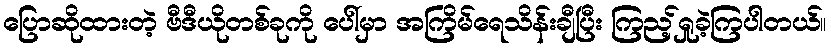
ပြောဆိုထားတဲ့ ဗီဒီယိုတစ်ခုကို ပေါ်မှာ အကြိမ်ရေသိန်းချီပြီး ကြည့်ရှုခဲ့ကြပါတယ်။